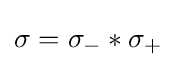
\sigma =\sigma _{-}*\sigma _{+}